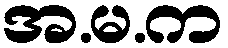
အ.မ.က